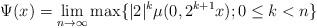
LaTeX: \begin{align*}\Psi (x)=\lim_{n\rightarrow\infty}\max\{|2|^{k}\mu(0,2^{k+1}x);0\leq k<n\}\end{align*}